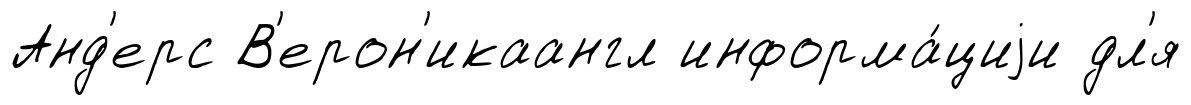
Анд'ерс В'ерон'икаангл информа́циjи дл'я